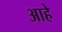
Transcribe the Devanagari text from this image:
आहेे